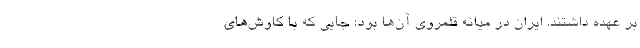
بر عهده داشتند. ایران در میانه قلمروی آن‌ها بود؛ جایی که با کاوش‌های